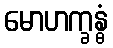
မောဟက္ခန္ဓံ